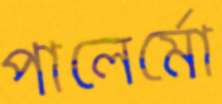
পালের্মো